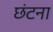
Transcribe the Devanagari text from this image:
छंटना